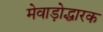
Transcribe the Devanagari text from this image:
मेवाड़ोद्धारक